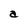
Character: a